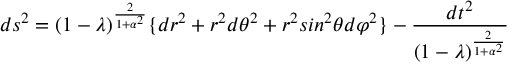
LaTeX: d s ^ { 2 } = ( 1 - \lambda ) ^ { \frac { 2 } { 1 + \alpha ^ { 2 } } } \lbrace d r ^ { 2 } + r ^ { 2 } d \theta ^ { 2 } + r ^ { 2 } s i n ^ { 2 } \theta d \varphi ^ { 2 } \rbrace - { \frac { d t ^ { 2 } } { ( 1 - \lambda ) ^ { \frac { 2 } { 1 + \alpha ^ { 2 } } } } }